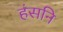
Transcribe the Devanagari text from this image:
हंसनि